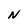
Character: N